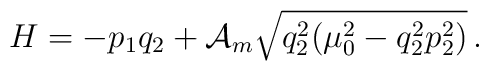
H=-p_1q_2+{\cal A}_m\sqrt{q_2^2(\mu_0^2-q_2^2p_2^2)}\,{.}